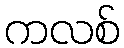
ကလစ်